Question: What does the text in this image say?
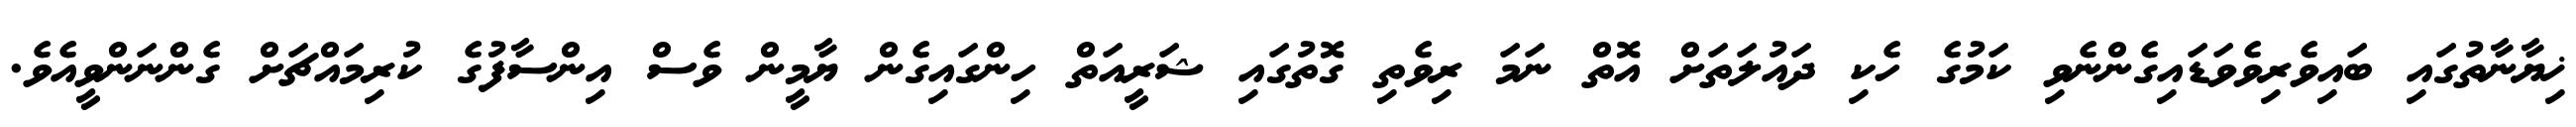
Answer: ޚިޔާނާތުގައި ބައިވެރިވެވަޑައިގެންނެވި ކަމުގެ ހެކި ދައުލަތަށް އޮތް ނަމަ ރިވެތި ގޮތުގައި ޝަރީއަތް ހިންގައިގެން ޔާމީން ވެސް އިންސާފުގެ ކުރިމައްޗަށް ގެންނަންވީއެވެ.